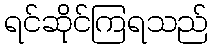
ရင်ဆိုင်ကြရသည်